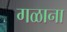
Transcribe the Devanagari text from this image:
गळाना